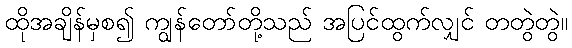
ထိုအချိန်မှစ၍ ကျွန်တော်တို့သည် အပြင်ထွက်လျှင် တတွဲတွဲ။